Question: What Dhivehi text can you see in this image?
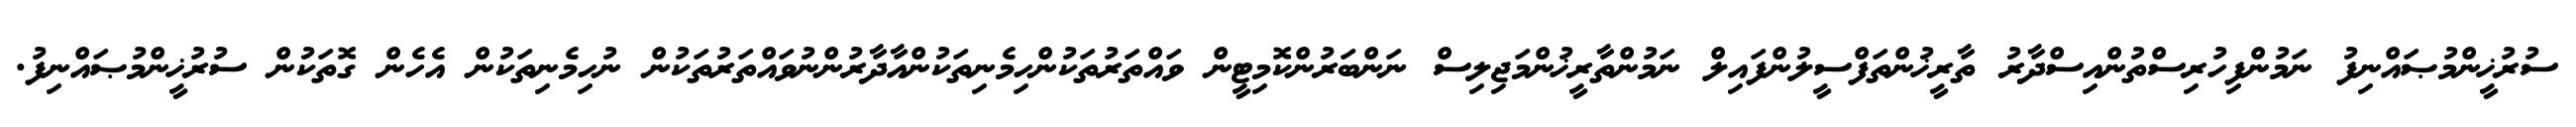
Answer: ސުރުޚީންމުޞައްނިފު ނަމުންފިހުރިސްތުންއިސްދާރު ތާރީޚުންތަފްސީލުންފައިލް ނަމުންތާރީޚުންމަޖިލިސް ނަންބަރުންކޮމިޓީން ވައްތަރުތަކުންހިމެނިތަކުންއާދާރުންނުވައްތަރުތަކުން ނުހިމެނިތަކުން އެހެން ގޮތަކުން ސުރުޚީންމުޞައްނިފު.